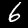
Digit: 6